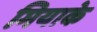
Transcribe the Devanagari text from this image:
मियाके